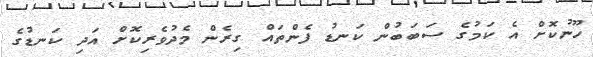
ހޫނުކޮށް އެ ކަމުގެ ސަބަބުން ކަނޑު ފެންތައް ގިރެން މެދުވެރިކޮށް އަދި ކަނޑުގެ